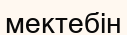
мектебін